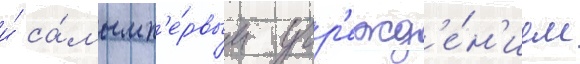
и́ са́мым п'е́рвым учр'ежд'е́н'ием